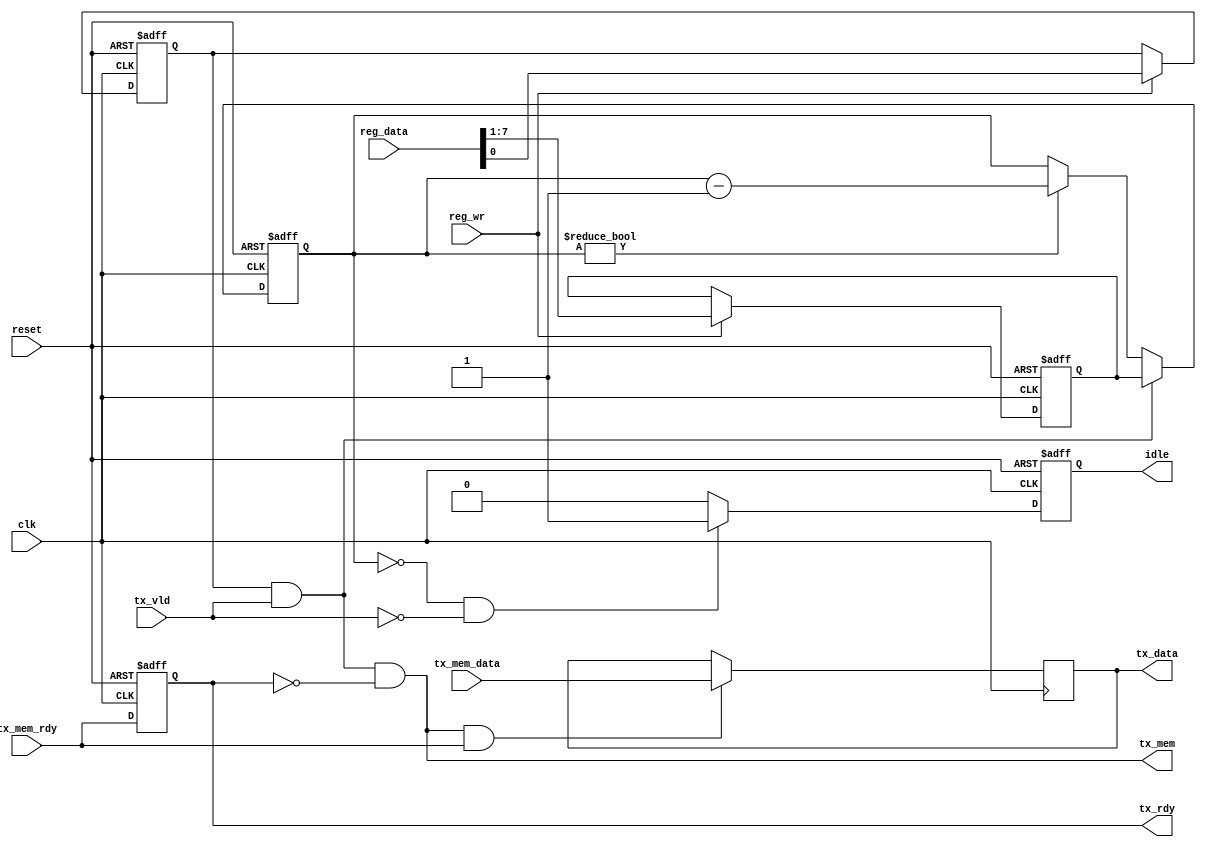
//module tx (clk, reset, idle, pwr_up, tx_vld, tx_rdy, tx_data, tx_reqout, tx_req_rdy,  tx_din,
//           reg_wr, reg_data);
module tx (clk, reset, idle, tx_vld, tx_rdy, tx_data, tx_mem, tx_mem_rdy,  tx_mem_data,
           reg_wr, reg_data);

input clk, reset;

//from/to requesters
input tx_vld;
output [7:0] tx_data;
output tx_rdy;

//interface to power controller
//input pwr_up;
output idle;

//to/from memory controller
output tx_mem;
input tx_mem_rdy;
input[7:0] tx_mem_data;

input reg_wr;
input [7:0] reg_data;

reg [7:0] tx_data;
reg [6:0] idle_timer;
reg [6:0] idle_time;
reg tx_enable;
reg tx_rdy;
reg idle;
//wire tx_mem = tx_enable && pwr_up && tx_vld && !tx_rdy;
wire tx_mem = tx_enable && tx_vld && !tx_rdy;

always @(posedge clk or posedge reset)
    if (reset) tx_rdy <= 1'b0;
    else tx_rdy <= tx_mem_rdy;

always @(posedge clk or posedge reset)
    if (reset) {idle_time, tx_enable} <= 8'b10; //set idle_time to 1 to avoid initial shutdown
    else if (reg_wr) {idle_time, tx_enable} <= reg_data;

always @(posedge clk or posedge reset)
   if (reset)
         idle <= 1'b0;
   else  if (idle_timer == 8'd0 && !tx_vld)
         idle <= 1'b1;
   else  idle <= 1'b0;

always @(posedge clk or posedge reset)
   if (reset)
       idle_timer <= 7'd1; //set idle_time to 1 to avoid initial shutdown
   else if (tx_vld && tx_enable)
       idle_timer <= idle_time;
   else if (idle_timer != 7'd0)
       idle_timer <= idle_timer - 7'd1;

always @(posedge clk)
    if (tx_mem && tx_mem_rdy) tx_data <= tx_mem_data;

endmodule